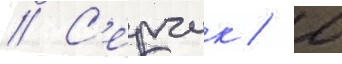
// С'ерчик / л